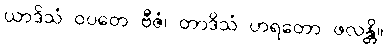
ယာဒိသံ ဝပတေ ဗီဇံ၊ တာဒိသံ ဟရတော ဖလန္တိ။